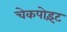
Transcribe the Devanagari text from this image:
चेकपोइंट